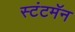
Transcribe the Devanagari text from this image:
स्टंटमॅन